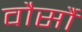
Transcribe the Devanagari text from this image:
वौर्सौ